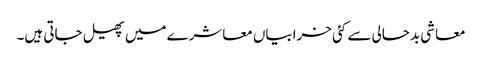
معاشی بدحالی سے کئی خرابیاں معاشرے میں پھیل جاتی ہیں۔